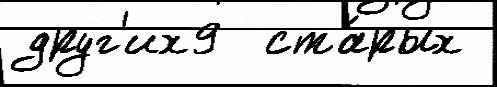
друг'их9  ста́рых